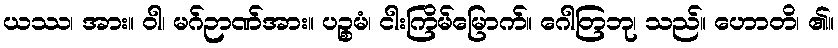
ယဿ၊ အား။ ဝါ၊ မဂ်ဉာဏ်အား။ ပဉ္စမံ၊ ငါးကြိမ်မြောက်။ ဂေါတြဘု၊ သည်။ ဟောတိ၊ ၏။